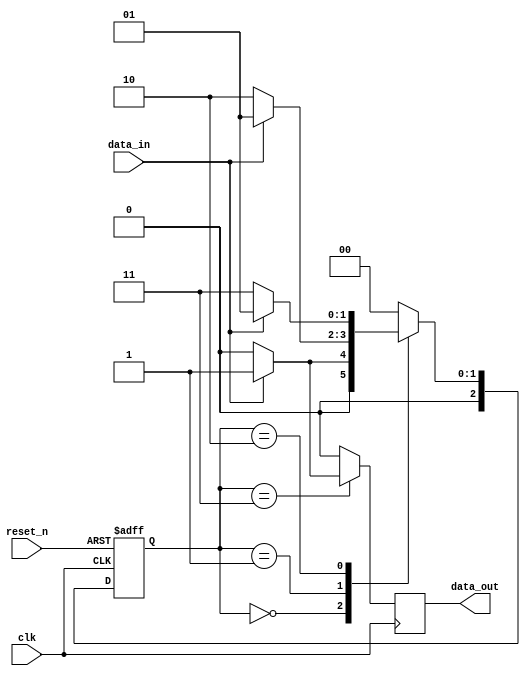
module mealy_1001 (
    input reset_n, input clk, input data_in, output reg data_out
);
    localparam S0 = 0, S1 = 1, S2 = 2, S3 = 3;
    reg [2:0] present_state, next_state;
    reg data_out_next;

    // present state register
    always@(negedge reset_n or posedge clk) begin: L_PRESENT_STATE_REGISTER
        if(~reset_n)
            present_state <= S0;
        else 
            present_state <= next_state;
    end

    // Next state logic 
    always@(data_in or present_state) begin: L_NEXT_STATE_LOGIC
        next_state = S0;
        case(present_state)
            S0: next_state = data_in?S1:S0;
            S1: next_state = data_in?S1:S2;
            S2: next_state = data_in?S1:S3;
            S3: next_state = S0;
            default: next_state = S0;
        endcase
    end

    // Output decoder 

    always@(data_in or present_state) begin
        data_out_next = 1'b0;
        case(present_state)
            S0: data_out_next = 1'b0;
            S1: data_out_next = 1'b0;
            S2: data_out_next = 1'b0;
            S3: data_out_next = data_in?1'b1:1'b0;
            default: data_out_next = 1'b0;
        endcase
    end

    // Registered output
    always @(posedge clk) begin
        data_out <= data_out_next;
    end
    /*
    NOTE: the output is delayed by one clock cycle
    */

endmodule